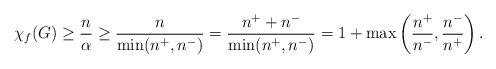
LaTeX: \begin{align*}\chi_f(G) \ge \frac{n}{\alpha} \ge \frac{n}{\min(n^+ , n^-)} = \frac{n^+ + n^-}{\min(n^+ , n^-)} = 1 + \max\left(\frac{n^+}{n^-} , \frac{n^-}{n^+}\right).\end{align*}